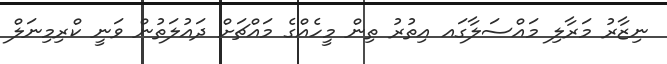
ނިޒާރު މަރާލި މައްސަލާގައ އިތުރު ތިން މީހެއްގެ މައްޗަށް ދައުލަތުން ވަނީ ކްރިމިނަލް